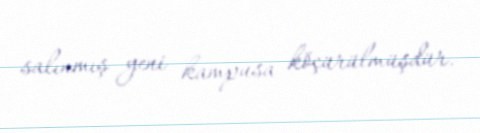
salınmış yeni kampusa köçürülmüşdür.